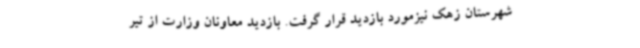
شهرستان زهک نیزمورد بازدید قرار گرفت. بازدید معاونان وزارت از تیر